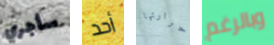
سأجري أحد حرارتها وبالرغم